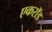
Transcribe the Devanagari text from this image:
एकरॉड